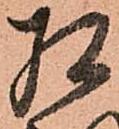
相